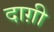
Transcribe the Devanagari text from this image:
दाग़ी